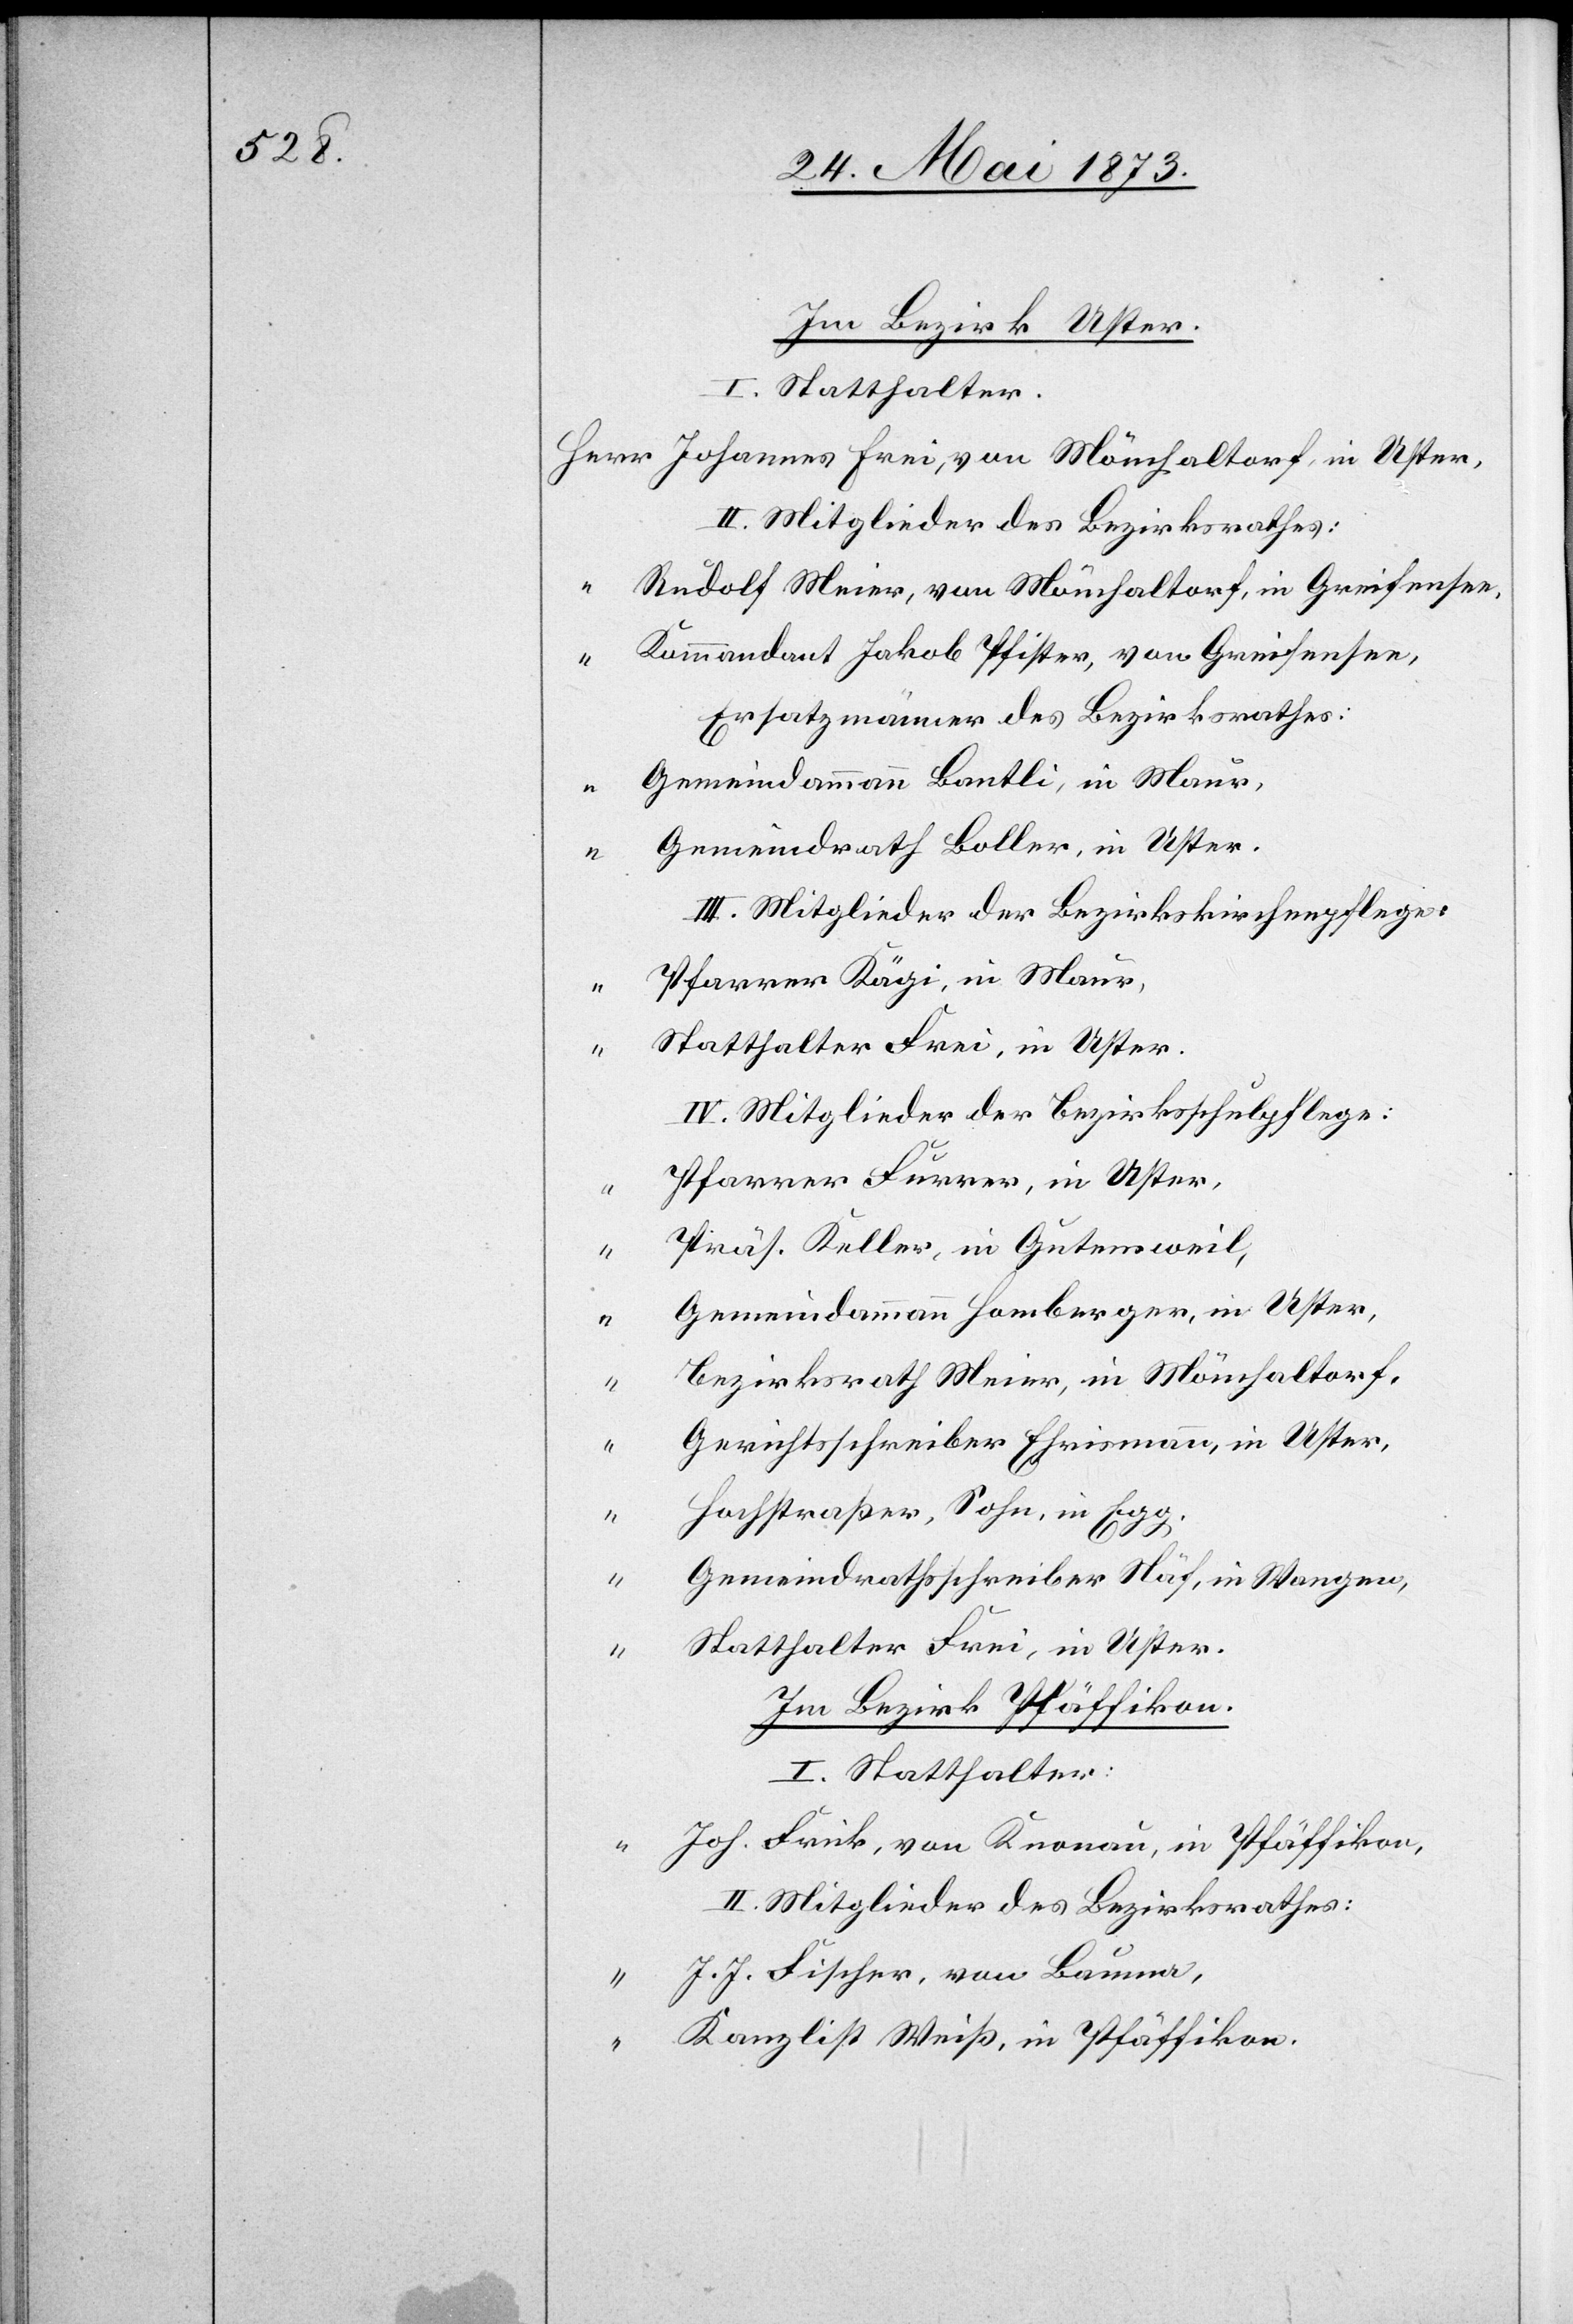
Im Bezirk Uster.
I. Statthalter.
Johannes Frei, von Mönchaltorf, in Uster,
II. Mitglieder des Bezirksrathes:
Rudolf Meier, von Mönchaltorf, in Greifensee,
Kommandant Jakob Pfister, von Greifensee,
Ersatzmänner des Bezirksrathes:
“
Gemeindammann Bantli, in Maur,
Gemeindrath Boller, in Uster.
III. Mitglieder der Bezirkskirchenpflege:
Pfarrer Kägi, in Maur,
“
Statthalter Frei, in Uster.
IV. Mitglieder der Bezirksschulpflege:
Pfarrer Furrer, in Uster,
Präs. Keller, in Gutensweil,
Gemeindammann Homberger, in Uster
Bezirksrath Meier, in Mönchaltorf,
Gerichtsschreiber Ehrismann, in Uster,
Hochstraßer, Sohn, in Egg,
Gemeindrathsschreiber Näf, in Wangen,
Statthalter Frei, in Uster.
Im Bezirk Pfäffikon.
I. Statthalter
Joh. Frick, von Knonau, in Pfäffikon,
II. Mitglieder des Bezirksrathes:
J. J. Fischer, von Bauma,
Kanzlist Weiß, in Pfäffikon.